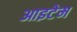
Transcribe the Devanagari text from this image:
आइटेम